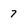
Character: 7